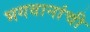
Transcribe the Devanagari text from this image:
भगवानांची